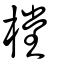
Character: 樘